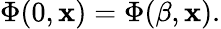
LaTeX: \Phi(0,{\mathbf x})=\Phi(\beta,{\mathbf x}).